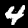
Digit: 4